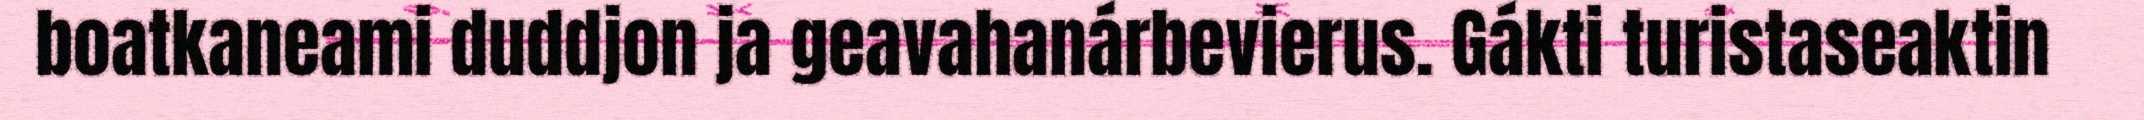
boatkaneami duddjon ja geavahanárbevierus. Gákti turistaseaktin